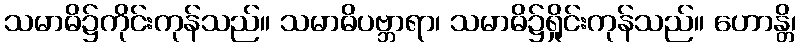
သမာဓိ၌ကိုင်းကုန်သည်။ သမာဓိပဗ္ဘာရာ၊ သမာဓိ၌ရှိုင်းကုန်သည်။ ဟောန္တိ၊